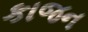
કાજન